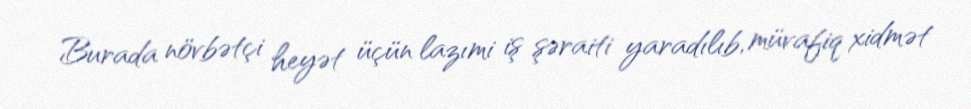
Burada növbətçi heyət üçün lazımi iş şəraiti yaradılıb, müvafiq xidmət